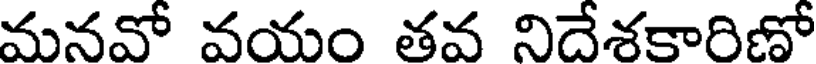
మనవో వయం తవ నిదేశకారిణో